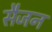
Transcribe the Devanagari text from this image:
सैजन